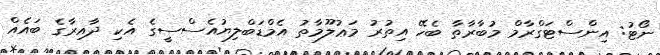
ނޯޓު: އިންސްޓަގްރާމް މުބާރާތާ ބެހޭ އިތުރު މަޢުލޫމާތު އެމްޑަބްލިޔުއެސްސީގެ އެކި ދާއިރާގެ ބައެއް